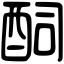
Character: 䣳